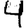
Digit: 4